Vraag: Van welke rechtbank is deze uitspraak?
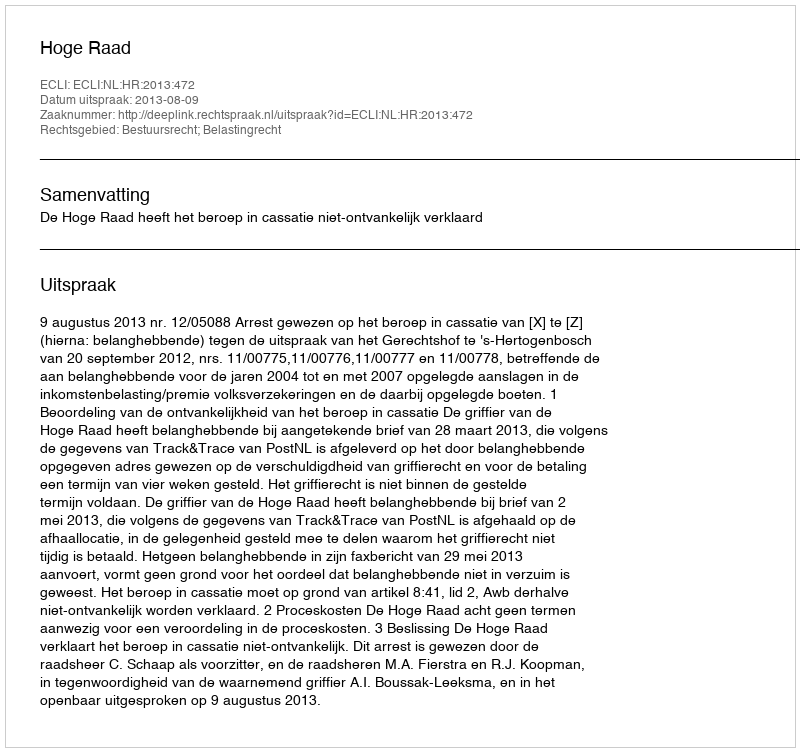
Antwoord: Hoge Raad